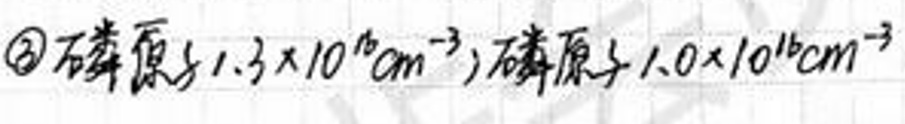
$\textcircled{3}$磷原子\(3.3\times10^{16}cm^{-3}\)，磷离子\(1.0\times10^{16}cm^{-3}\)